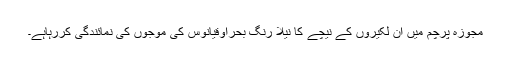
مجوزہ پرچم میں ان لکیروں کے نیچے کا نیلا رنگ بحراوقیانوس کی موجوں کی نمائندگی کررہاہے۔